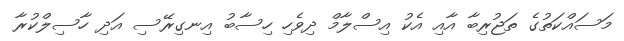
މަސައްކަތުގެ ތަޖުރިބާ އާއި އެކު އިސްލާމް ދިވެހި ހިސާބު އިނގިރޭސި އަދި ހާސިލްކުރާ